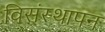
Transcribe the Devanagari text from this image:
विसंस्थापन